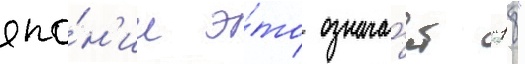
япо́н'ии э́то означа́ет "18"